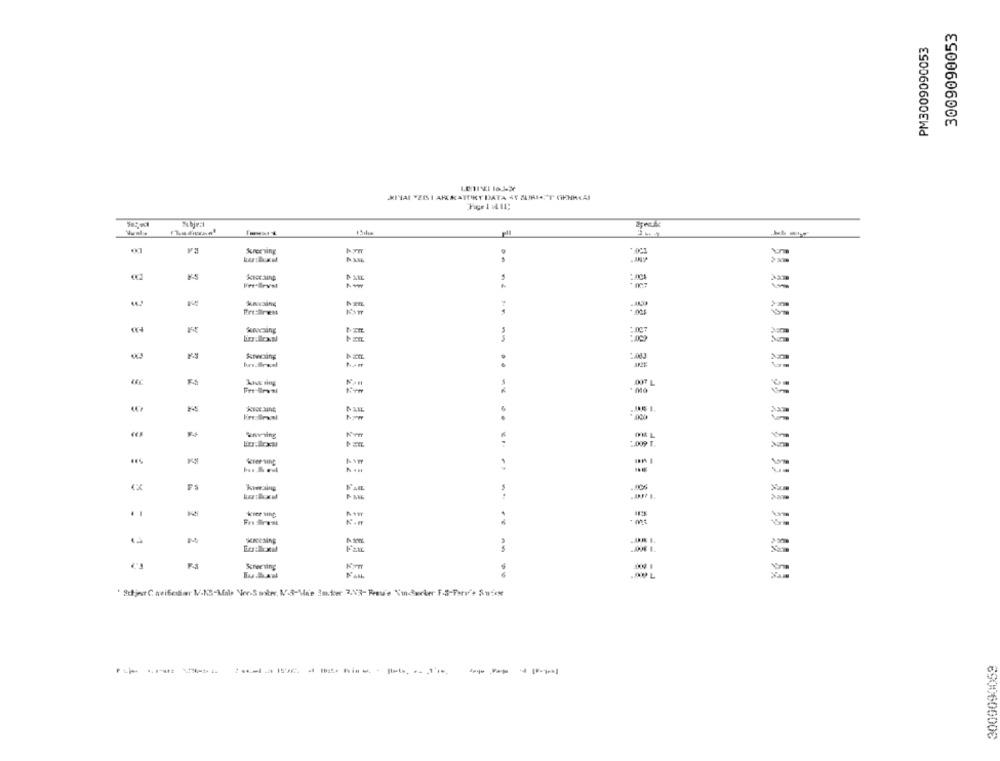
3009090053
PM3009090053
KINAI YEISI APKATORY DATA 4Y JURIA, T GENHEAI
Scree ving
*. 001
kavaing
Stwaing
And sing
..
:009 F.
FS
VAR
kiecaing
- ms
Screening
Kim
WAHL
' Sujet Cavificsr M-NS-Male Ver-Saber, M.8-Mie Inder 2,43-Frev'e Vindwerker F.5-Tarife Aniese
------
--- ---------
6900606006